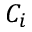
C _ { i }